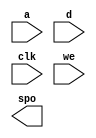
module Rec_Image(
  a,
  d,
  clk,
  we,
  spo
);

input [5 : 0] a;
input [63 : 0] d;
input clk;
input we;
output [63 : 0] spo;

// synthesis translate_off

  DIST_MEM_GEN_V7_2 #(
    .C_ADDR_WIDTH(6),
    .C_DEFAULT_DATA("0"),
    .C_DEPTH(64),
    .C_FAMILY("artix7"),
    .C_HAS_CLK(1),
    .C_HAS_D(1),
    .C_HAS_DPO(0),
    .C_HAS_DPRA(0),
    .C_HAS_I_CE(0),
    .C_HAS_QDPO(0),
    .C_HAS_QDPO_CE(0),
    .C_HAS_QDPO_CLK(0),
    .C_HAS_QDPO_RST(0),
    .C_HAS_QDPO_SRST(0),
    .C_HAS_QSPO(0),
    .C_HAS_QSPO_CE(0),
    .C_HAS_QSPO_RST(0),
    .C_HAS_QSPO_SRST(0),
    .C_HAS_SPO(1),
    .C_HAS_SPRA(0),
    .C_HAS_WE(1),
    .C_MEM_INIT_FILE("Rec_Image.mif"),
    .C_MEM_TYPE(1),
    .C_PARSER_TYPE(1),
    .C_PIPELINE_STAGES(0),
    .C_QCE_JOINED(0),
    .C_QUALIFY_WE(0),
    .C_READ_MIF(1),
    .C_REG_A_D_INPUTS(0),
    .C_REG_DPRA_INPUT(0),
    .C_SYNC_ENABLE(1),
    .C_WIDTH(64)
  )
  inst (
    .A(a),
    .D(d),
    .CLK(clk),
    .WE(we),
    .SPO(spo),
    .DPRA(),
    .SPRA(),
    .I_CE(),
    .QSPO_CE(),
    .QDPO_CE(),
    .QDPO_CLK(),
    .QSPO_RST(),
    .QDPO_RST(),
    .QSPO_SRST(),
    .QDPO_SRST(),
    .DPO(),
    .QSPO(),
    .QDPO()
  );

// synthesis translate_on

endmodule